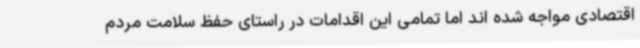
اقتصادی مواجه شده اند اما تمامی این اقدامات در راستای حفظ سلامت مردم